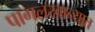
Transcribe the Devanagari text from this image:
पागलखान्यात